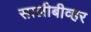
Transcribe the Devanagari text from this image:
सालीबीव्हर